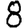
Digit: 8